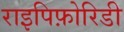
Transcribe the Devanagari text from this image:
राइपिफ़ोरिडी